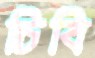
চিবি